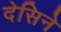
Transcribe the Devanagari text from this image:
देसिने